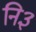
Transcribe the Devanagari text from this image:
नि३